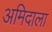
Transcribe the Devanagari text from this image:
अमिदाला